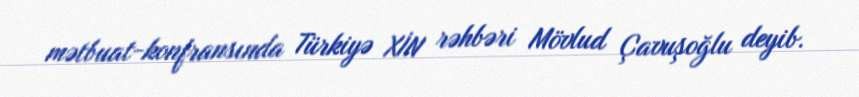
mətbuat-konfransında Türkiyə XİN rəhbəri Mövlud Çavuşoğlu deyib.